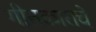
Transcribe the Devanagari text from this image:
गीतकाराचे